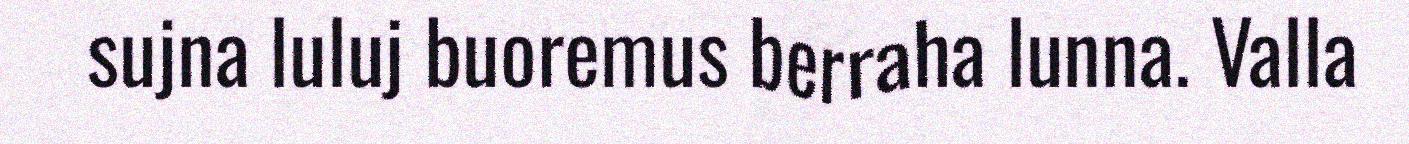
sujna luluj buoremus berraha lunna. Valla